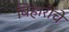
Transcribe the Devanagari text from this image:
बिहारींचे